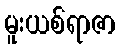
မူးယစ်ရာဇာ